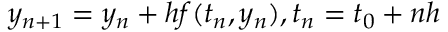
\, y _ { n + 1 } = y _ { n } + h f ( t _ { n } , y _ { n } ) , t _ { n } = t _ { 0 } + n h